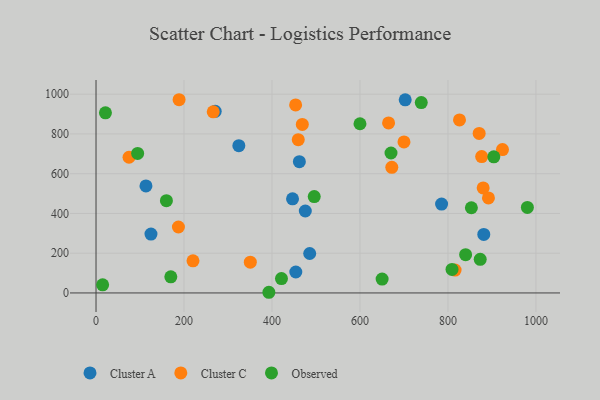
{"axis": {"x": "Investment", "y": "Salary"}, "legend": ["Cluster A", "Cluster C", "Observed"], "data": [{"x": "446.7", "y": 473.6, "type": "Cluster A"}, {"x": "485.7", "y": 198.4, "type": "Cluster A"}, {"x": "702.8", "y": 971.8, "type": "Cluster A"}, {"x": "324.6", "y": 740.7, "type": "Cluster A"}, {"x": "270.9", "y": 913.5, "type": "Cluster A"}, {"x": "462.2", "y": 660.4, "type": "Cluster A"}, {"x": "124.9", "y": 296.2, "type": "Cluster A"}, {"x": "454.1", "y": 105.3, "type": "Cluster A"}, {"x": "113.5", "y": 538.6, "type": "Cluster A"}, {"x": "881.4", "y": 294.5, "type": "Cluster A"}, {"x": "785.5", "y": 447.1, "type": "Cluster A"}, {"x": "475.7", "y": 412.3, "type": "Cluster A"}, {"x": "468.9", "y": 847.6, "type": "Cluster C"}, {"x": "923.9", "y": 721.4, "type": "Cluster C"}, {"x": "816.2", "y": 115.0, "type": "Cluster C"}, {"x": "870.9", "y": 802.6, "type": "Cluster C"}, {"x": "700.0", "y": 759.7, "type": "Cluster C"}, {"x": "826.2", "y": 870.5, "type": "Cluster C"}, {"x": "672.3", "y": 632.0, "type": "Cluster C"}, {"x": "220.4", "y": 161.8, "type": "Cluster C"}, {"x": "459.7", "y": 771.1, "type": "Cluster C"}, {"x": "187.3", "y": 331.9, "type": "Cluster C"}, {"x": "75.0", "y": 682.7, "type": "Cluster C"}, {"x": "880.0", "y": 528.2, "type": "Cluster C"}, {"x": "892.0", "y": 478.2, "type": "Cluster C"}, {"x": "876.6", "y": 685.9, "type": "Cluster C"}, {"x": "266.4", "y": 911.3, "type": "Cluster C"}, {"x": "665.0", "y": 855.3, "type": "Cluster C"}, {"x": "453.7", "y": 946.1, "type": "Cluster C"}, {"x": "350.7", "y": 154.9, "type": "Cluster C"}, {"x": "188.8", "y": 972.1, "type": "Cluster C"}, {"x": "980.5", "y": 430.1, "type": "Observed"}, {"x": "809.2", "y": 118.2, "type": "Observed"}, {"x": "15.0", "y": 40.7, "type": "Observed"}, {"x": "853.2", "y": 428.7, "type": "Observed"}, {"x": "392.9", "y": 3.4, "type": "Observed"}, {"x": "21.4", "y": 906.2, "type": "Observed"}, {"x": "739.3", "y": 957.9, "type": "Observed"}, {"x": "160.0", "y": 464.1, "type": "Observed"}, {"x": "94.6", "y": 701.9, "type": "Observed"}, {"x": "873.3", "y": 169.1, "type": "Observed"}, {"x": "496.0", "y": 484.7, "type": "Observed"}, {"x": "840.1", "y": 192.8, "type": "Observed"}, {"x": "600.0", "y": 851.3, "type": "Observed"}, {"x": "650.3", "y": 70.0, "type": "Observed"}, {"x": "170.0", "y": 81.2, "type": "Observed"}, {"x": "421.5", "y": 72.5, "type": "Observed"}, {"x": "670.5", "y": 704.0, "type": "Observed"}, {"x": "904.2", "y": 684.8, "type": "Observed"}]}